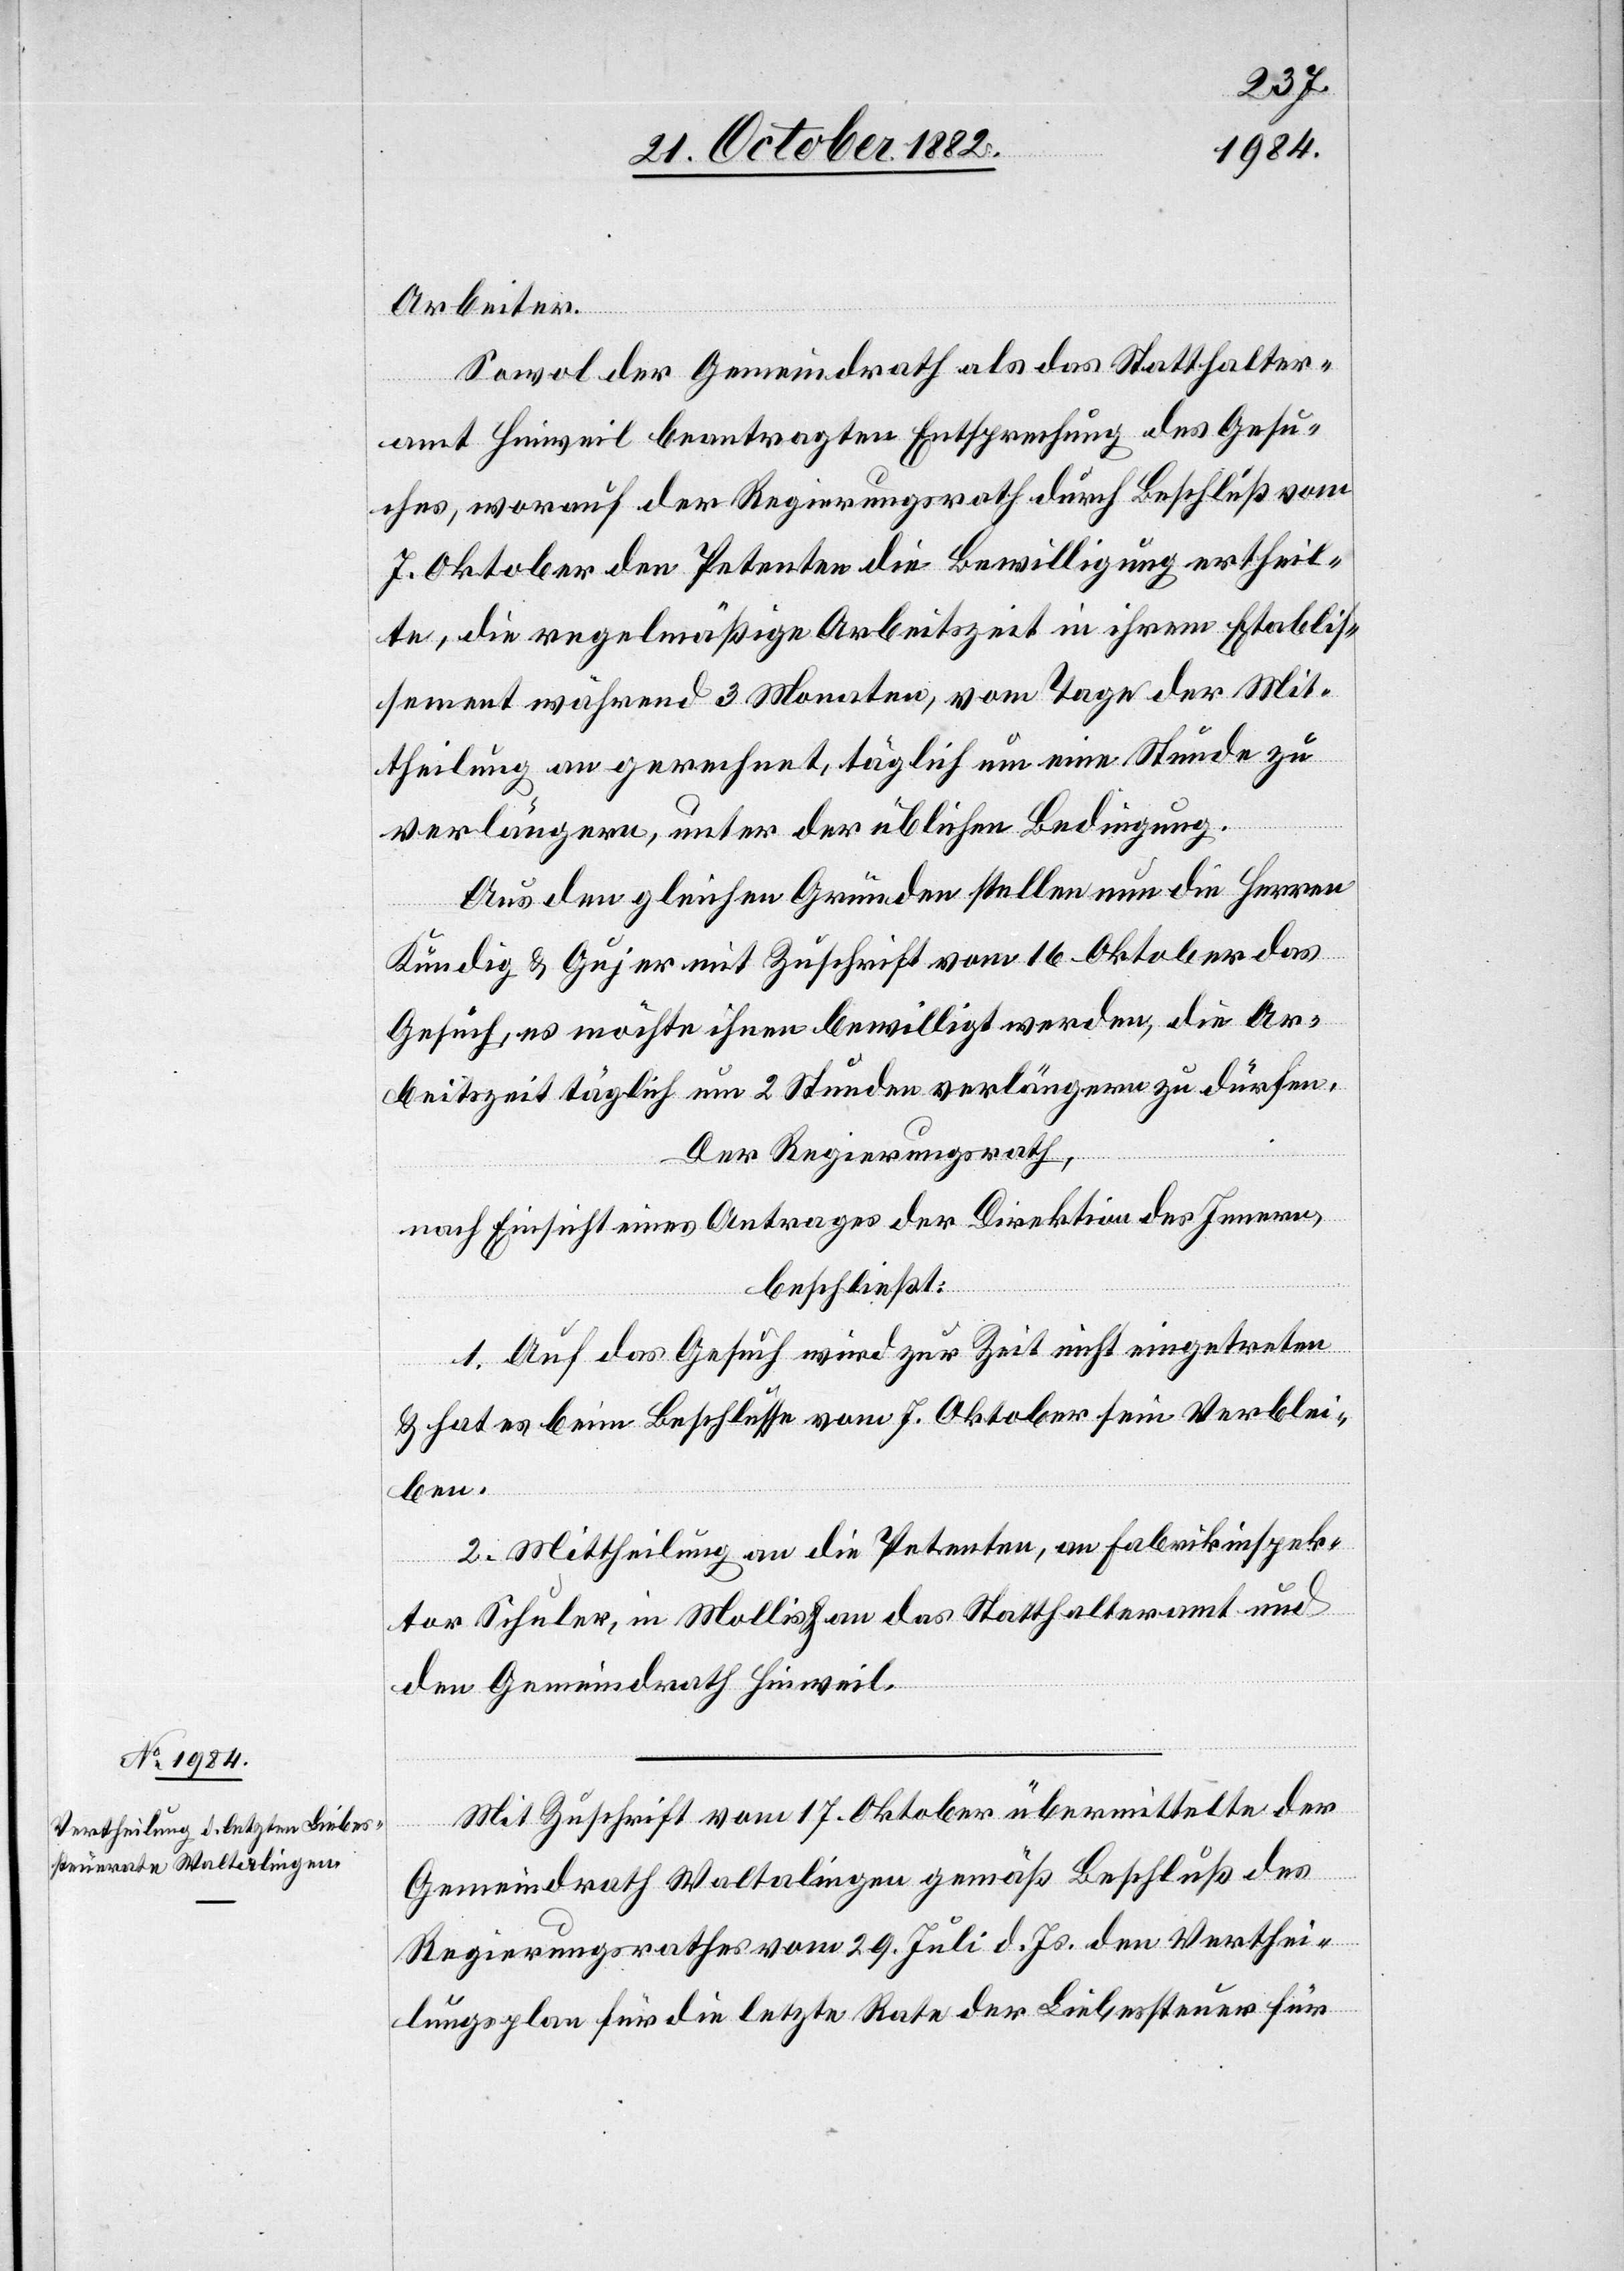
Arbeiter.
Sowol der Gemeindrath als das Statthalter¬
amt Hinweil beantragen Entsprechung des Gesu¬
ches, worauf der Regierungsrath durch Beschluß vom
7. Oktober den Petenten die Bewilligung ertheil¬
te, die regelmäßige Arbeitszeit in ihrem Etablis¬
sement während 3 Monaten, vom Tage der Mit¬
theilung an gerechnet, täglich um eine Stunde zu
verlängern, unter der üblichen Bedingung.
Aus den gleichen Gründen stellen nun die Herren
Kündig & Gujer mit Zuschrift vom 16. Oktober das
Gesuch, es möchte ihnen bewilligt werden, die Ar¬
beitszeit täglich um 2 Stunden verlängern zu dürfen.
Der Regierungsrath,
nach Einsicht eines Antrages der Direktion des Innern,
beschließt:
1. Auf das Gesuch wird zur Zeit nicht eingetreten
& hat es beim Beschlusse vom 7. Oktober sein Verblei¬
ben.
2. Mittheilung an die Petenten, an Fabrikinspek¬
tor Schuler, in Mollis & an das Statthalteramt und
den Gemeindrath Hinweil.
Mit Zuschrift vom 17. Oktober übermittelte der
Gemeindrath Waltalingen gemäß Beschluß des
Regierungsrathes vom 29. Juli d. Js. den Verthei¬
lungsplan für die letzte Rate der Liebessteuer für